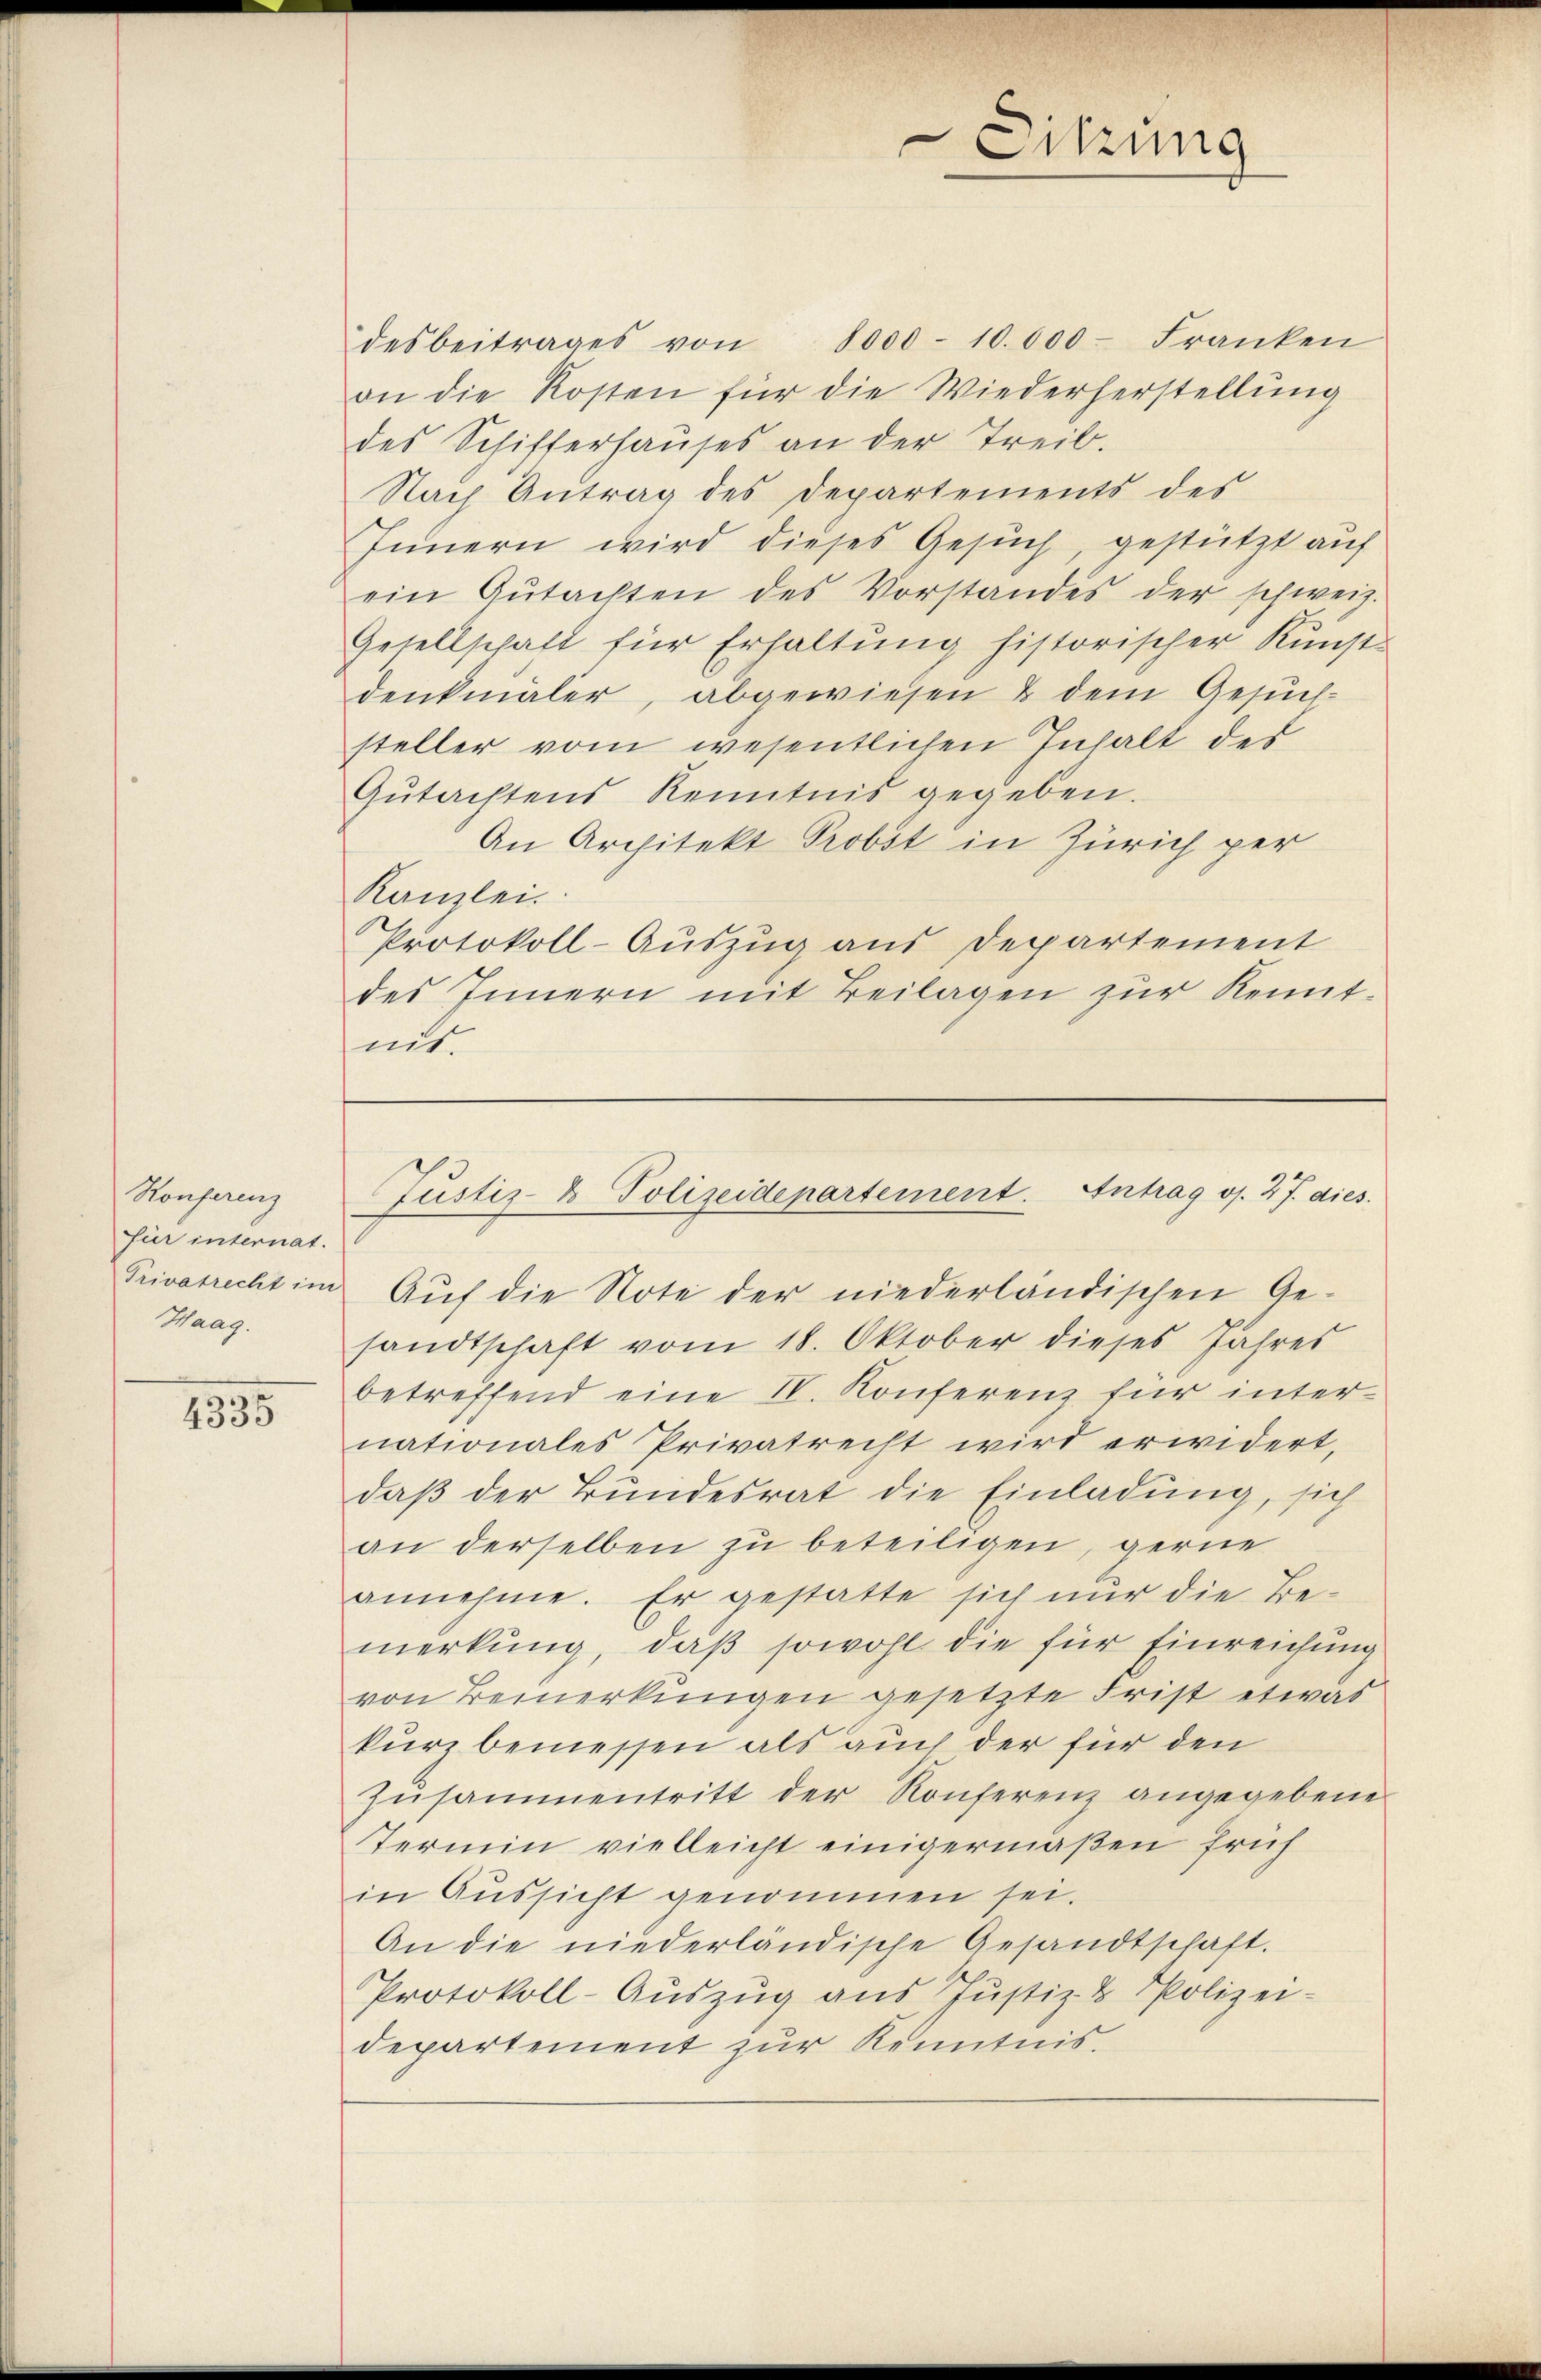
Konferenz
für internat.
Privatrecht im
Haag.

2335

desbeitrages von 8000 - 10.000. Franken
on die Kosten für die Wiederherstellŭng
des Schifferhaŭses an der Treib.
Nach Antrag des Departements des
Innern wird dieses Gesŭch, gestützt auf
ein Gŭtachten des Vorstandes der schweiz.
Gesellschaft für Erhaltung historischer Kunst-
denkmaler, abgewiesen & dem Gesuchsteller vom wesentlichen Inhalt des
Gŭtachtens Kenntnis gegeben.
An Architekt Probst in Zürich per
Kanzlei.
Protokoll-Auszug aus Departement
des Innern mit Beilagen zur Kenntnit.

Sitzung

Justiz- & Polizeidepartement. Antrag os. 27. dies

Auf die Note der niederländischen Ge-
sandtschaft vom 18. Oktober dieses Jahres
betreffend eine IV. Konferenz für internationales Privatrecht wird erwidert,
daß der Bundesrat die Einladung, sich
an derselben zu beteiligen, gerne
annehme. Er gestatte sich nur die Be-
merkung, daß sowohl die für Einreichung
von Bemerkungen gesetzte Frist etwas
kurz bemessen als auch der für den
Zusammentritt der Konferenz angegebene
Termin vielleicht einigermaßen früh
in Aussicht genommen sei.
An die niederländische Gesandtschaft.
Protokoll-Aŭszŭg aŭs Jŭstiz- & Polizei-
departement zur Kenntnis.